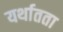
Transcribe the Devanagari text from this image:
यर्थातता